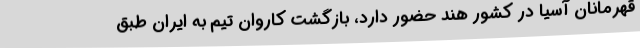
قهرمانان آسیا در کشور هند حضور دارد، بازگشت کاروان تیم به ایران طبق